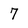
Character: 7